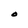
Character: O